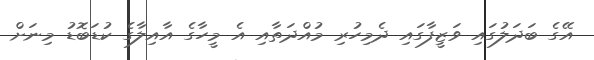
އޭގެ ބަދަލުގައި ވަޒީފާގައި ދެމިހުރި މުއްދަތާއި އެ މީހާގެ އާއިލާގެ ކުޑަބޮޑު މިނަށް